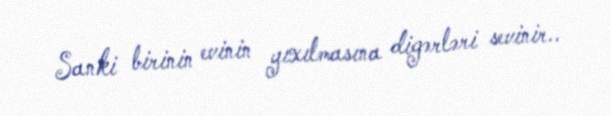
Sanki birinin evinin yıxılmasına digərləri sevinir..